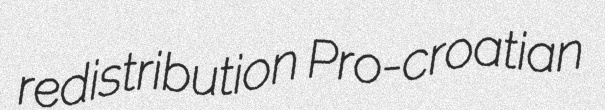
redistribution Pro-croatian